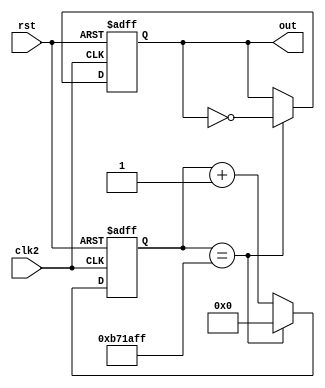
module clock_divider #(
    parameter COUNT_WIDTH = 27,
    parameter [COUNT_WIDTH:0] MAX_COUNT = 12000000 - 1
) (
    input clk2,
    input rst,

    output reg out
);
wire clk2;
    reg div_clk;
    reg [COUNT_WIDTH:0] count;

    always @(posedge clk2 or posedge rst) begin
        if (rst == 1'b1) begin
            count <= 0;
            out <= 0;
        end else if (count == MAX_COUNT) begin
            count <= 0;
            out <= ~out;
        end else begin
            count <= count + 1;
        end
    end
endmodule